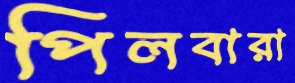
পিলবারা